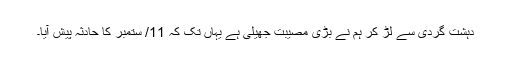
دہشت گردى سے لڑ کر ہم نے بڑى مصیبت جهیلى ہے یہاں تک کہ 11/ ستمبر کا حادثہ پیش آیا۔